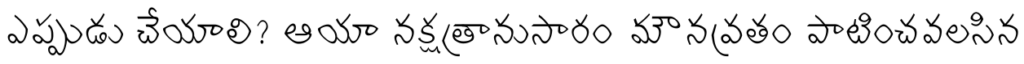
ఎప్పుడు చేయాలి? ఆయా నక్షత్రానుసారం మౌనవ్రతం పాటించవలసిన